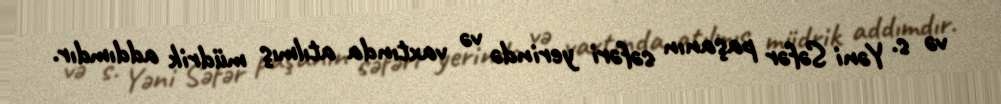
və s. Yəni Səfər paşanın səfəri yerində və vaxtında atılmış müdrik addımdır.